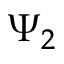
\Psi _ { 2 }